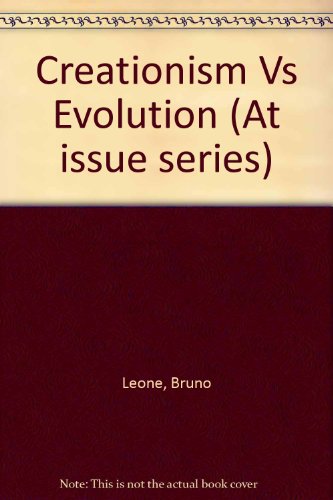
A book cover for Creationism Vs. Evolution (Hardcover Edition) (At Issue); Bruno Leone; Teen & Young Adult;